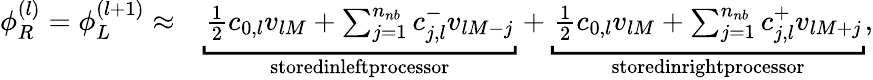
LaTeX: \begin{array}{rl}{\phi_{R}^{(l)}=\phi_{L}^{(l+1)}\approx}&{{}\underbracket{\frac{1}{2}c_{0,l}v_{lM}+\sum_{j=1}^{n_{nb}}c_{j,l}^{-}v_{lM-j}}_{\textup{storedinleftprocessor}}+\underbracket{\frac{1}{2}c_{0,l}v_{lM}+\sum_{j=1}^{n_{nb}}c_{j,l}^{+}v_{lM+j}}_{\textup{storedinrightprocessor}},}\end{array}